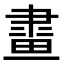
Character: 𤲯